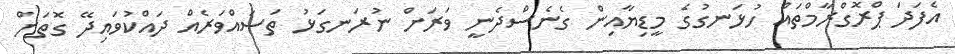
އެފަދަ ޕްރޮގްރާމްތައް ހުޅަނގުގެ މީޑިޔާއިން ގެނެސްދެނީ ވަރަށް ނުރަނގަޅު ތަސައްވަރެއް ދައްކުވައިދޭ ގޮތަށް